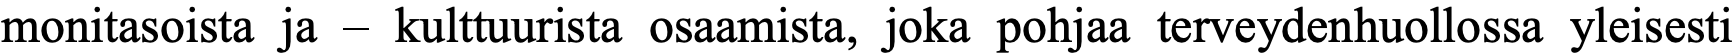
monitasoista ja – kulttuurista osaamista, joka pohjaa terveydenhuollossa yleisesti